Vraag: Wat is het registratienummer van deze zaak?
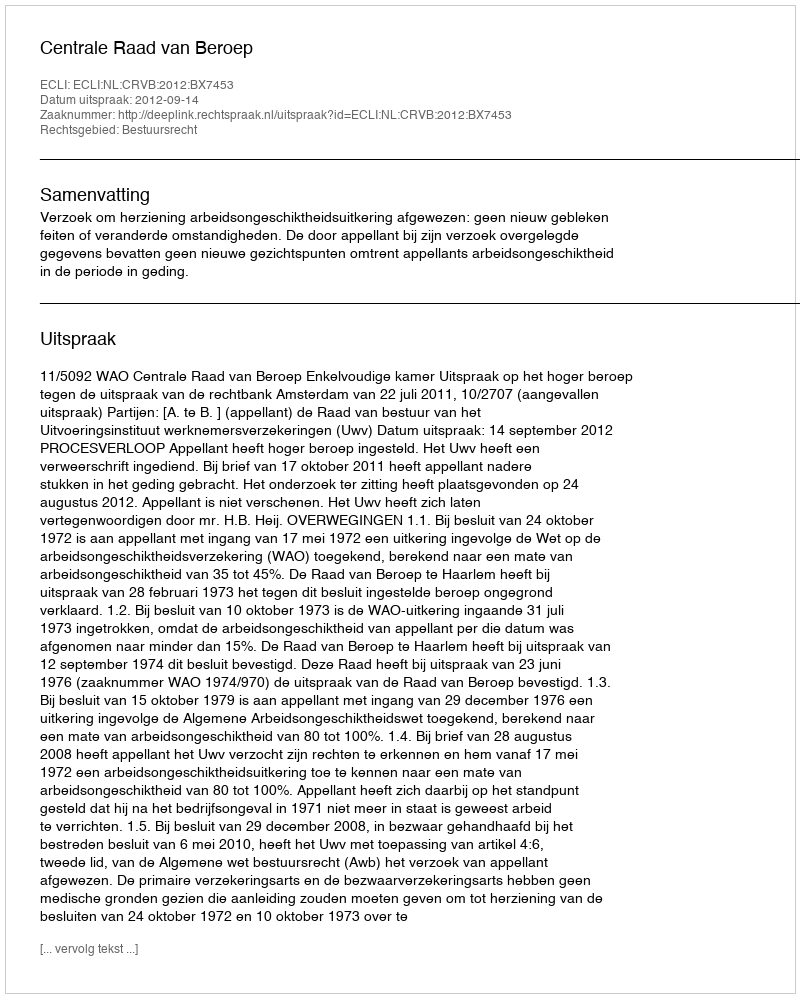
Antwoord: http://deeplink.rechtspraak.nl/uitspraak?id=ECLI:NL:CRVB:2012:BX7453